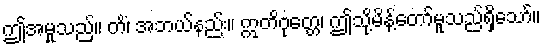
ဤအမှုသည်။ ကိံ၊ အဘယ်နည်း။ ဣတိဝုတ္တေ၊ ဤသို့မိန့်တော်မူသည်ရှိသော်။